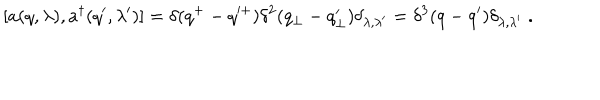
[ a ( q , \lambda ) , a ^ { \dagger } ( q ^ { \prime } , \lambda ^ { \prime } ) ] = \delta ( q ^ { + } - q ^ { \prime + } ) \delta ^ { 2 } ( q _ { \perp } - q _ { \perp } ^ { \prime } ) \delta _ { \lambda , \lambda ^ { \prime } } = \delta ^ { 3 } ( q - q ^ { \prime } ) \delta _ { \lambda , \lambda ^ { \prime } } \; .